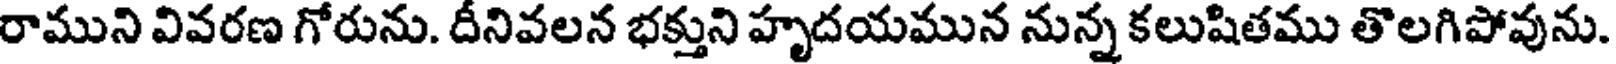
రాముని వివరణ గోరును. దనివలన భక్తుని హృదయమున నున్న కలుషితము తొలగిపోవును.